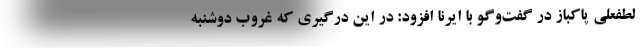
لطفعلی پاکباز در گفت‌وگو با ایرنا افزود: در این درگیری که غروب دوشنبه